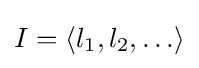
I=\langle l_{1},l_{2},\ldots \rangle